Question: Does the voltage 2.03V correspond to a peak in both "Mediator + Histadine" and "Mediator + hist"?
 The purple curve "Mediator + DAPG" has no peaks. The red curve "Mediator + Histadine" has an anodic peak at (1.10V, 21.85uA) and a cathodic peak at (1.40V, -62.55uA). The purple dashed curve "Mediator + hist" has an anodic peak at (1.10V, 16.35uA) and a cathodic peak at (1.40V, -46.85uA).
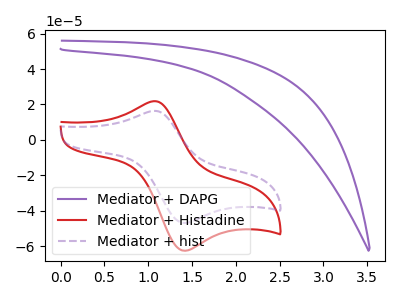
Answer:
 <answer>No, "Mediator + Histadine" and "Mediator + hist" dont share a peak at 2.03V.</answer>
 <eval>mismatch</eval>